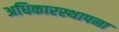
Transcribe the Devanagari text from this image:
अधिकारस्थापना